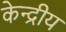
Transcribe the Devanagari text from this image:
केन्‍द्रीय